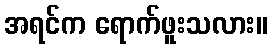
အရင်က ရောက်ဖူးသလား။